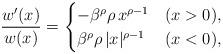
LaTeX: \begin{align*}\frac{w'(x)}{w(x)} = \begin{cases}- \beta^{\rho} \rho\, x^{\rho - 1} & (x > 0), \\\beta^{\rho} \rho\, |x|^{\rho - 1} & (x < 0),\end{cases}\end{align*}